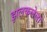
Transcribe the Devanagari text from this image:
झलकलेला